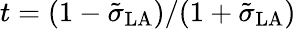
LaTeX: t=(1-\tilde{\sigma}_{\mathrm{LA}})/(1+\tilde{\sigma}_{\mathrm{LA}})